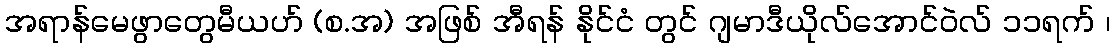
အရာန်မေဖွာတွေမီယဟ် (စ.အ) အဖြစ် အီရန် နိုင်ငံ တွင် ဂျမာဒီယိုလ်အောင်ဝဲလ် ၁၁ရက် ၊